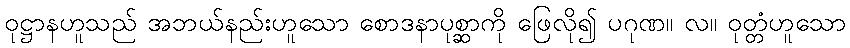
ဝုဋ္ဌာနဟူသည် အဘယ်နည်းဟူသော စောဒနာပုစ္ဆာကို ဖြေလို၍ ပဂုဏ။ လ။ ဝုတ္တံဟူသော